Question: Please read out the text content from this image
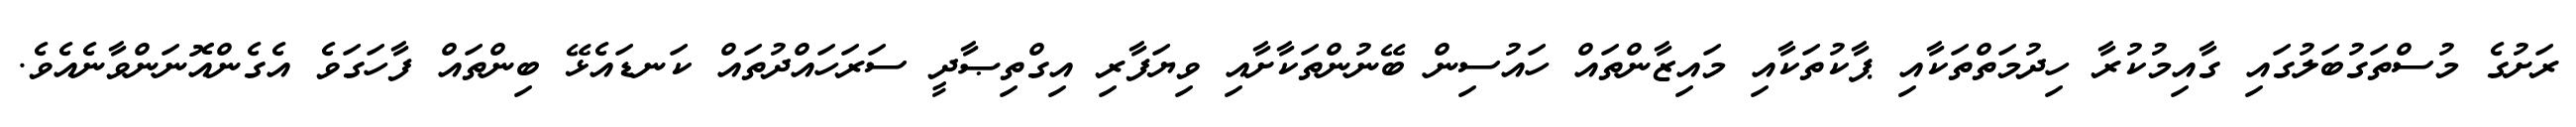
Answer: ރަށުގެ މުސްތަގުބަލުގައި ގާއިމުކުރާ ހިދުމަތްތަކާއި ޕާކުތަކާއި މައިޒާންތައް ހައުސިން ބޭނުންތަކާށާއި ވިޔަފާރި އިގްތިޞާދީ ސަރަހައްދުތައް ކަނޑައެޅޭ ބިންތައް ފާހަގަވެ އެގެންއޮނަންވާނެއެވެ.